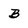
Character: B